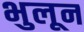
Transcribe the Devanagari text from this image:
भुलून